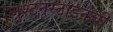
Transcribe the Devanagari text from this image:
लिश्टनस्टाइनची